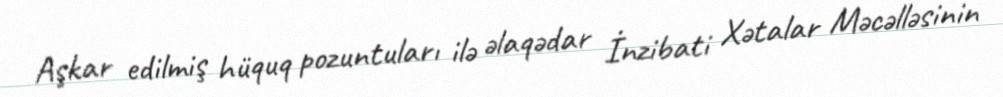
Aşkar edilmiş hüquq pozuntuları ilə əlaqədar İnzibati Xətalar Məcəlləsinin